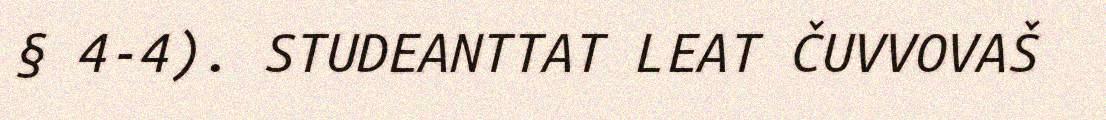
§ 4-4). STUDEANTTAT LEAT ČUVVOVAŠ